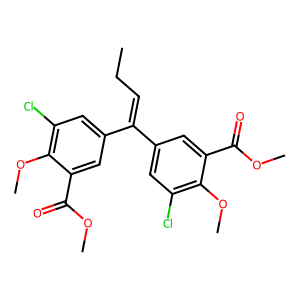
SMILES: CCC=C(c1cc(Cl)c(OC)c(C(=O)OC)c1)c1cc(Cl)c(OC)c(C(=O)OC)c1
Inhibits HIV replication: No